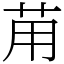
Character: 苚